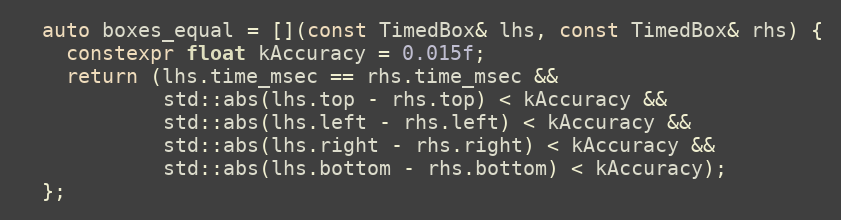
Language: C++
  auto boxes_equal = [](const TimedBox& lhs, const TimedBox& rhs) {
    constexpr float kAccuracy = 0.015f;
    return (lhs.time_msec == rhs.time_msec &&
            std::abs(lhs.top - rhs.top) < kAccuracy &&
            std::abs(lhs.left - rhs.left) < kAccuracy &&
            std::abs(lhs.right - rhs.right) < kAccuracy &&
            std::abs(lhs.bottom - rhs.bottom) < kAccuracy);
  };